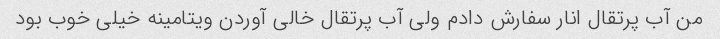
من آب پرتقال انار سفارش دادم ولی آب پرتقال خالی آوردن ویتامینه خیلی خوب بود